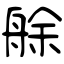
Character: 艅